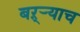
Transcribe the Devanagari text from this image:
बऱ्र्‍याच